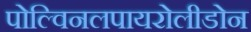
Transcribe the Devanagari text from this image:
पोल्विनलपायरोलीडोन